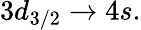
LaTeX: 3d_{3/2}\rightarrow 4s.